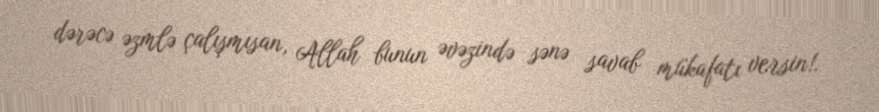
dərəcə əzmlə çalışmısan, Allah bunun əvəzində sənə savab mükafatı versin!.